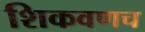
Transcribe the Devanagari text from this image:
शिकवणच